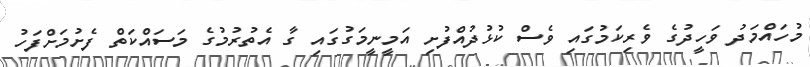
މުހައްމަދު ވަހީދުގެ ވެރިކަމުގައި ވެސް ކުޅުދުއްފުށި އަމީނީމަގުގައި ގާ އެތުރުމުގެ މަސައްކަތް ފެށުމަށްފަހު